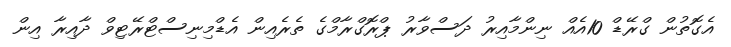
އެގޮތުން ގްރޭޑް 10އެއް ނިންމާއިރު ދަސްވާރު ޕްރޮގްރާމްގެ ތެރެއިން އެޑްމިނިސްޓްރޭޓިވް ދާއިރާ އިން